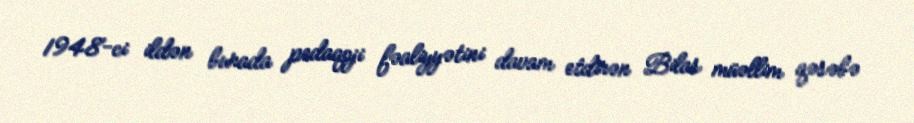
1948-ci ildən burada pedaqoji fəaliyyətini davam etdirən Bilas müəllim qəsəbə